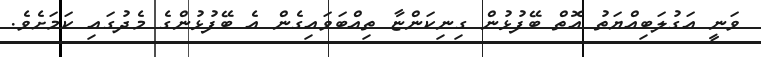
ވަނީ އަގުލަބިއްޔަތު އޮތް ބޭފުޅުން ގިނިކަންޏާ ތިއްބަވައިގެން އެ ބޭފުޅުންގެ މެދުގައި ކަމަށެވެ.